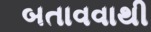
બતાવવાથી